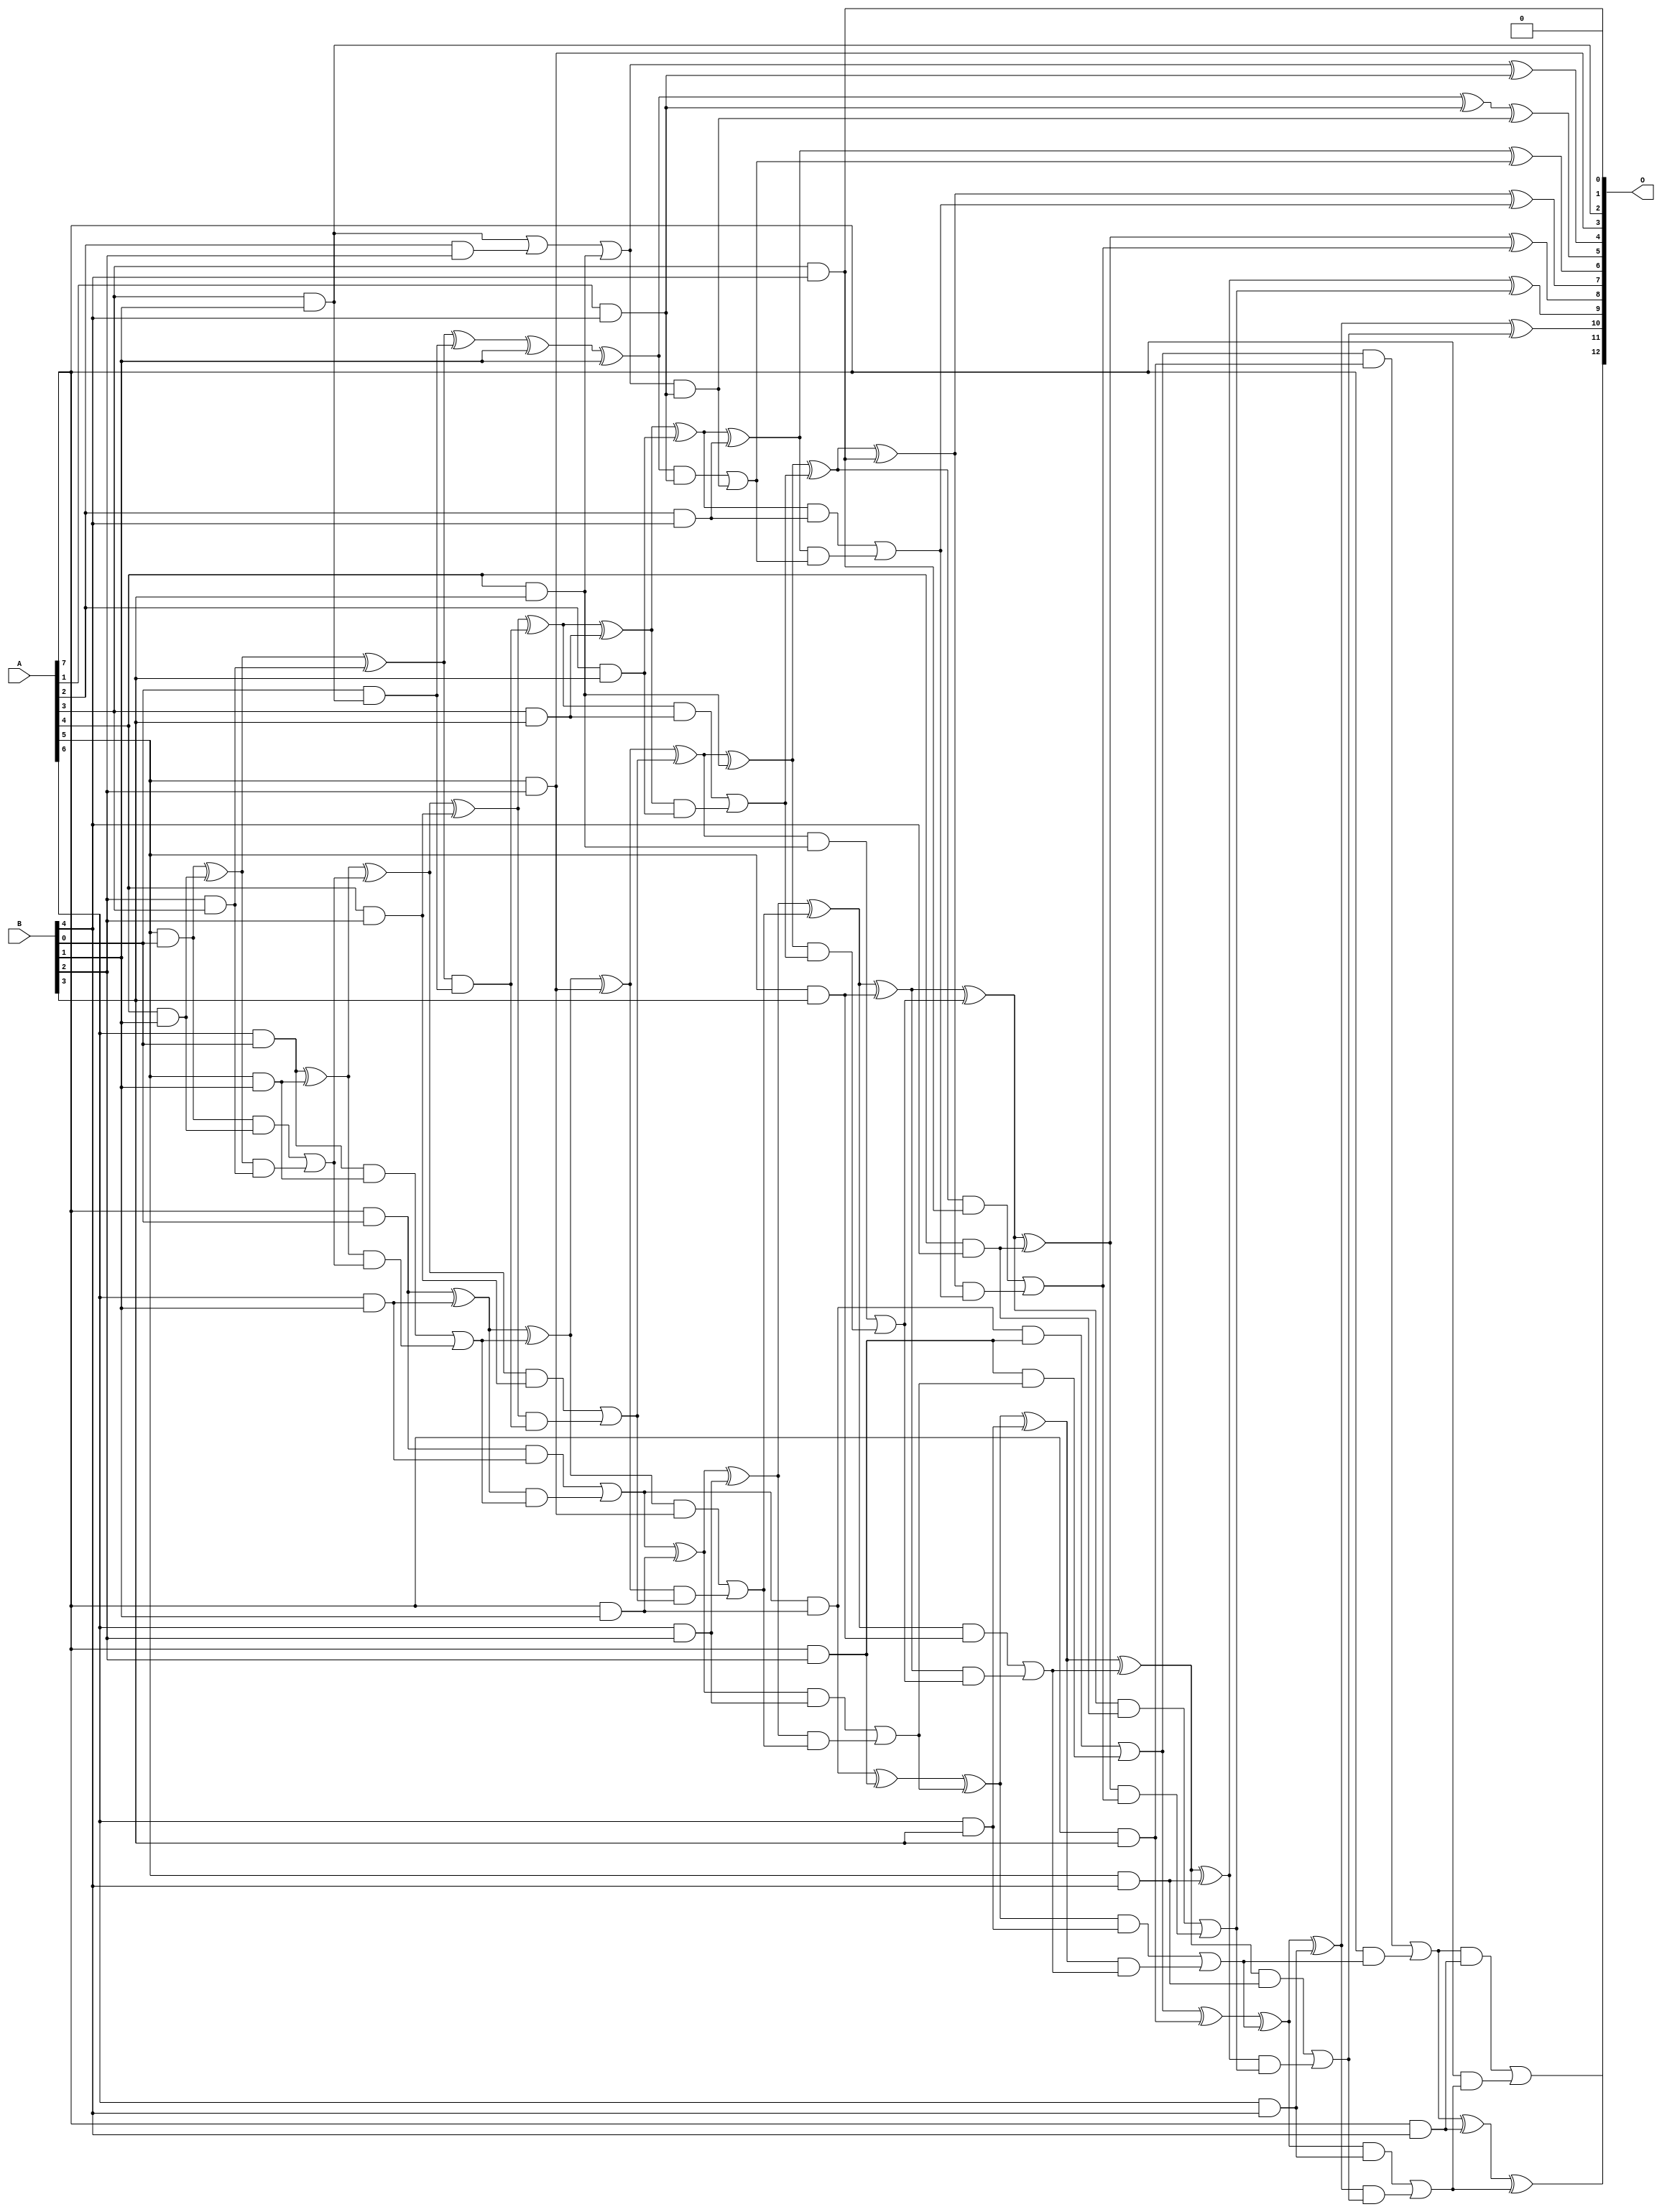
/***
* This code is a part of EvoApproxLib library (ehw.fit.vutbr.cz/approxlib) distributed under The MIT License.
* When used, please cite the following article(s): V. Mrazek, L. Sekanina, Z. Vasicek "Libraries of Approximate Circuits: Automated Design and Application in CNN Accelerators" IEEE Journal on Emerging and Selected Topics in Circuits and Systems, Vol 10, No 4, 2020 
* This file contains a circuit from a sub-set of pareto optimal circuits with respect to the pwr and wce parameters
***/
// MAE% = 0.18 %
// MAE = 15 
// WCE% = 0.62 %
// WCE = 51 
// WCRE% = 116.67 %
// EP% = 90.62 %
// MRE% = 3.83 %
// MSE = 356 
// PDK45_PWR = 0.140 mW
// PDK45_AREA = 325.7 um2
// PDK45_DELAY = 1.14 ns

module mul8x5u_4CX (
    A,
    B,
    O
);

input [7:0] A;
input [4:0] B;
output [12:0] O;

wire sig_18,sig_19,sig_20,sig_24,sig_25,sig_26,sig_27,sig_28,sig_45,sig_46,sig_47,sig_48,sig_49,sig_50,sig_51,sig_52,sig_53,sig_54,sig_55,sig_56;
wire sig_57,sig_58,sig_59,sig_60,sig_61,sig_62,sig_65,sig_67,sig_68,sig_69,sig_70,sig_78,sig_80,sig_86,sig_87,sig_88,sig_89,sig_90,sig_91,sig_92;
wire sig_93,sig_94,sig_95,sig_96,sig_97,sig_98,sig_99,sig_100,sig_101,sig_102,sig_103,sig_104,sig_105,sig_106,sig_107,sig_109,sig_111,sig_112,sig_113,sig_114;
wire sig_115,sig_118,sig_123,sig_126,sig_128,sig_129,sig_130,sig_131,sig_132,sig_133,sig_134,sig_135,sig_136,sig_137,sig_138,sig_139,sig_140,sig_141,sig_142,sig_143;
wire sig_144,sig_145,sig_146,sig_147,sig_148,sig_149,sig_150,sig_151,sig_152,sig_153,sig_155,sig_156,sig_157,sig_158,sig_159,sig_160,sig_161,sig_162,sig_163,sig_164;
wire sig_166,sig_167,sig_168,sig_169,sig_170,sig_171,sig_172,sig_173,sig_174,sig_175,sig_176,sig_177,sig_178,sig_179,sig_180,sig_181,sig_182,sig_183,sig_184,sig_185;
wire sig_186,sig_187,sig_188,sig_189,sig_190,sig_191,sig_192,sig_193,sig_194,sig_195,sig_196,sig_197;

assign sig_18 = A[5] & B[0];
assign sig_19 = A[6] & B[0];
assign sig_20 = A[7] & B[0];
assign sig_24 = A[3] & B[1];
assign sig_25 = A[4] & B[1];
assign sig_26 = A[5] & B[1];
assign sig_27 = A[6] & B[1];
assign sig_28 = A[7] & B[1];
assign sig_45 = B[2] & A[3];
assign sig_46 = sig_18 ^ sig_25;
assign sig_47 = sig_18 & sig_25;
assign sig_48 = sig_46 & sig_45;
assign sig_49 = sig_46 ^ sig_45;
assign sig_50 = sig_47 | sig_48;
assign sig_51 = sig_19 ^ sig_26;
assign sig_52 = sig_19 & sig_26;
assign sig_53 = sig_51 & sig_50;
assign sig_54 = sig_51 ^ sig_50;
assign sig_55 = sig_52 | sig_53;
assign sig_56 = sig_20 ^ sig_27;
assign sig_57 = sig_20 & sig_27;
assign sig_58 = sig_56 & sig_55;
assign sig_59 = sig_56 ^ sig_55;
assign sig_60 = sig_57 | sig_58;
assign sig_61 = sig_60 & sig_28;
assign sig_62 = sig_60 ^ sig_28;
assign sig_65 = A[2] & B[2];
assign sig_67 = A[4] & B[2];
assign sig_68 = A[5] & B[2];
assign sig_69 = A[6] & B[2];
assign sig_70 = A[7] & B[2];
assign sig_78 = sig_24 | sig_65;
assign sig_80 = B[0] & sig_24;
assign sig_86 = sig_49 ^ sig_80;
assign sig_87 = sig_49 & sig_80;
assign sig_88 = sig_54 ^ sig_67;
assign sig_89 = sig_54 & sig_67;
assign sig_90 = sig_88 & sig_87;
assign sig_91 = sig_88 ^ sig_87;
assign sig_92 = sig_89 | sig_90;
assign sig_93 = sig_59 ^ sig_68;
assign sig_94 = sig_59 & sig_68;
assign sig_95 = sig_93 & sig_92;
assign sig_96 = sig_93 ^ sig_92;
assign sig_97 = sig_94 | sig_95;
assign sig_98 = sig_62 ^ sig_69;
assign sig_99 = sig_62 & sig_69;
assign sig_100 = sig_98 & sig_97;
assign sig_101 = sig_98 ^ sig_97;
assign sig_102 = sig_99 | sig_100;
assign sig_103 = sig_61 ^ sig_70;
assign sig_104 = sig_61 & sig_70;
assign sig_105 = sig_70 & sig_102;
assign sig_106 = sig_103 ^ sig_102;
assign sig_107 = sig_104 | sig_105;
assign sig_109 = A[2] & B[3];
assign sig_111 = A[3] & B[3];
assign sig_112 = A[4] & B[3];
assign sig_113 = A[5] & B[3];
assign sig_114 = A[6] & B[3];
assign sig_115 = A[7] & B[3];
assign sig_118 = sig_78 | sig_112;
assign sig_123 = sig_86 ^ B[1];
assign sig_126 = sig_123 ^ B[1];
assign sig_128 = sig_91 ^ sig_111;
assign sig_129 = sig_91 & sig_111;
assign sig_130 = sig_128 & sig_109;
assign sig_131 = sig_128 ^ sig_109;
assign sig_132 = sig_129 | sig_130;
assign sig_133 = sig_96 ^ sig_112;
assign sig_134 = sig_96 & sig_112;
assign sig_135 = sig_133 & sig_132;
assign sig_136 = sig_133 ^ sig_132;
assign sig_137 = sig_134 | sig_135;
assign sig_138 = sig_101 ^ sig_113;
assign sig_139 = sig_101 & sig_113;
assign sig_140 = sig_138 & sig_137;
assign sig_141 = sig_138 ^ sig_137;
assign sig_142 = sig_139 | sig_140;
assign sig_143 = sig_106 ^ sig_114;
assign sig_144 = sig_106 & sig_114;
assign sig_145 = sig_143 & sig_142;
assign sig_146 = sig_143 ^ sig_142;
assign sig_147 = sig_144 | sig_145;
assign sig_148 = sig_107 ^ sig_115;
assign sig_149 = sig_107 & sig_115;
assign sig_150 = A[7] & sig_147;
assign sig_151 = sig_148 ^ sig_147;
assign sig_152 = sig_149 | sig_150;
assign sig_153 = A[1] & B[4];
assign sig_155 = A[2] & B[4];
assign sig_156 = A[3] & B[4];
assign sig_157 = A[4] & B[4];
assign sig_158 = A[5] & B[4];
assign sig_159 = A[6] & B[4];
assign sig_160 = A[7] & B[4];
assign sig_161 = sig_118 & sig_153;
assign sig_162 = sig_118 ^ sig_153;
assign sig_163 = sig_126 ^ sig_153;
assign sig_164 = sig_126 & sig_153;
assign sig_166 = sig_163 ^ sig_161;
assign sig_167 = sig_164 | sig_161;
assign sig_168 = sig_131 ^ sig_155;
assign sig_169 = sig_131 & sig_155;
assign sig_170 = sig_168 & sig_167;
assign sig_171 = sig_168 ^ sig_167;
assign sig_172 = sig_169 | sig_170;
assign sig_173 = sig_136 ^ sig_156;
assign sig_174 = sig_136 & sig_156;
assign sig_175 = sig_173 & sig_172;
assign sig_176 = sig_173 ^ sig_172;
assign sig_177 = sig_174 | sig_175;
assign sig_178 = sig_141 ^ sig_157;
assign sig_179 = sig_141 & sig_157;
assign sig_180 = sig_178 & sig_177;
assign sig_181 = sig_178 ^ sig_177;
assign sig_182 = sig_179 | sig_180;
assign sig_183 = sig_146 ^ sig_158;
assign sig_184 = sig_146 & sig_158;
assign sig_185 = sig_183 & sig_182;
assign sig_186 = sig_183 ^ sig_182;
assign sig_187 = sig_184 | sig_185;
assign sig_188 = sig_151 ^ sig_159;
assign sig_189 = sig_151 & sig_159;
assign sig_190 = sig_188 & sig_187;
assign sig_191 = sig_188 ^ sig_187;
assign sig_192 = sig_189 | sig_190;
assign sig_193 = sig_152 ^ sig_160;
assign sig_194 = sig_152 & sig_160;
assign sig_195 = A[7] & sig_192;
assign sig_196 = sig_193 ^ sig_192;
assign sig_197 = sig_194 | sig_195;

assign O[12] = sig_197;
assign O[11] = sig_196;
assign O[10] = sig_191;
assign O[9] = sig_186;
assign O[8] = sig_181;
assign O[7] = sig_176;
assign O[6] = sig_171;
assign O[5] = sig_166;
assign O[4] = sig_162;
assign O[3] = sig_68;
assign O[2] = sig_24;
assign O[1] = 1'b0;
assign O[0] = sig_156;

endmodule